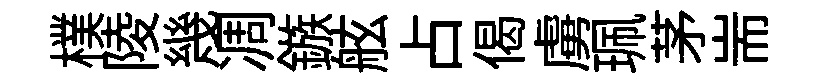
樸陵幾凋鏃舷占偈虜珮茅耑